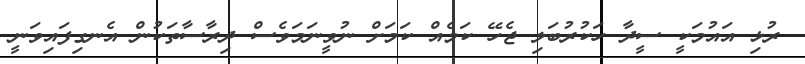
ރުޅި އައުމަކީ ސީދާ ހަކުރުބަލި ޖެހޭ ކަމެއް ކަމަށް ނުވީނަމަވެސް ދިރާސާތަކުން އެނގިފައިވަނީ